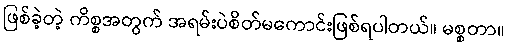
ဖြစ်ခဲ့တဲ့ ကိစ္စအတွက် အရမ်းပဲစိတ်မကောင်းဖြစ်ရပါတယ်။ မစ္စတာ။